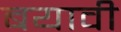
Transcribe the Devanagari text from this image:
बयावी